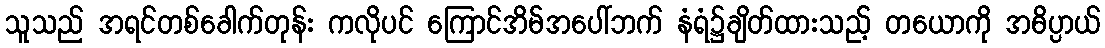
သူသည် အရင်တစ်ခေါက်တုန်း ကလိုပင် ကြောင်အိမ်အပေါ်ဘက် နံရံ၌ချိတ်ထားသည့် တယောကို အဓိပ္ပာယ်